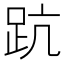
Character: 䟘